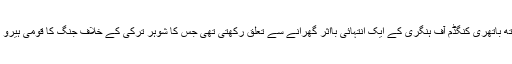
الزبتھ باتھری کنگڈم آف ہنگری کے ایک انتہائی بااثر گھرانے سے تعلق رکھتی تھی جس کا شوہر ترکی کے خلاف جنگ کا قومی ہیرو تھا۔